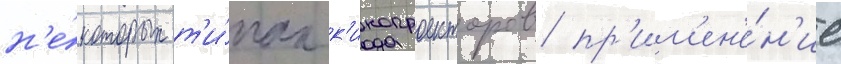
н'е́которых т'и́пах к'инопроекторов пр'им'ен'е́н'ие